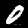
Label: 0